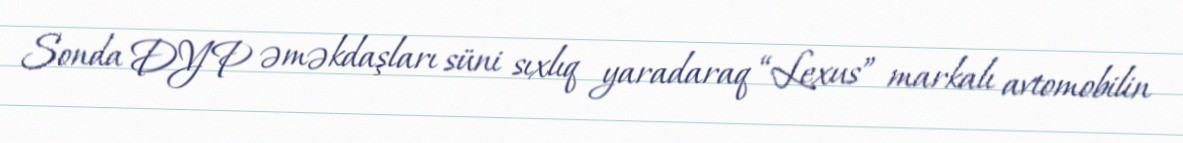
Sonda DYP əməkdaşları süni sıxlıq yaradaraq “Lexus” markalı avtomobilin